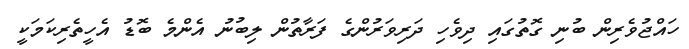
ހައްޖުވެރިން ބުނި ގޮތުގައި ދިވެހި ދަރިވަރުންގެ ފަރާތުން ލިބުނު އެންމެ ބޮޑު އެހީތެރިކަމަކީ